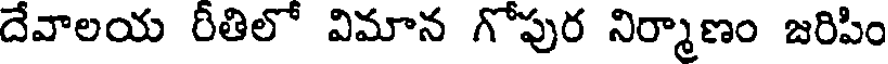
దేవాలయ రీతిలో విమాన గోపుర నిర్మాణం జరిపిం